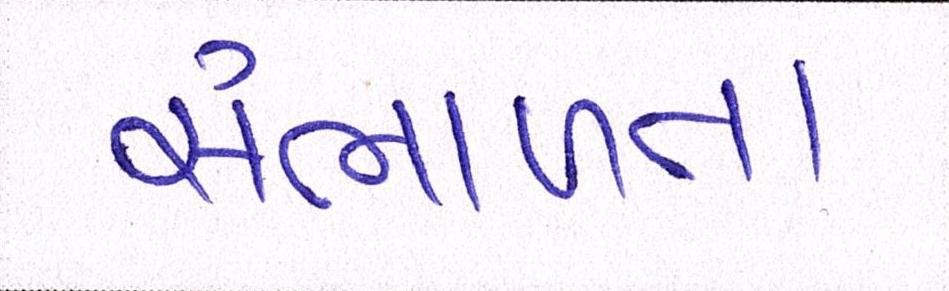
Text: સંભાળતા